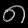
Digit: ၈